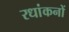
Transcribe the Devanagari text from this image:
रधांकनों